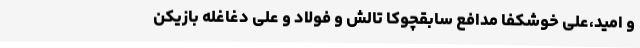
و امید،علی خوشکفا مدافع سابقچوکا تالش و فولاد و علی دغاغله بازیکن